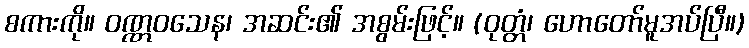
စကားကို။ ဝဏ္ဏဝသေန၊ အဆင်း၏ အစွမ်းဖြင့်။ (ဝုတ္တံ၊ ဟောတော်မူအပ်ပြီ။)